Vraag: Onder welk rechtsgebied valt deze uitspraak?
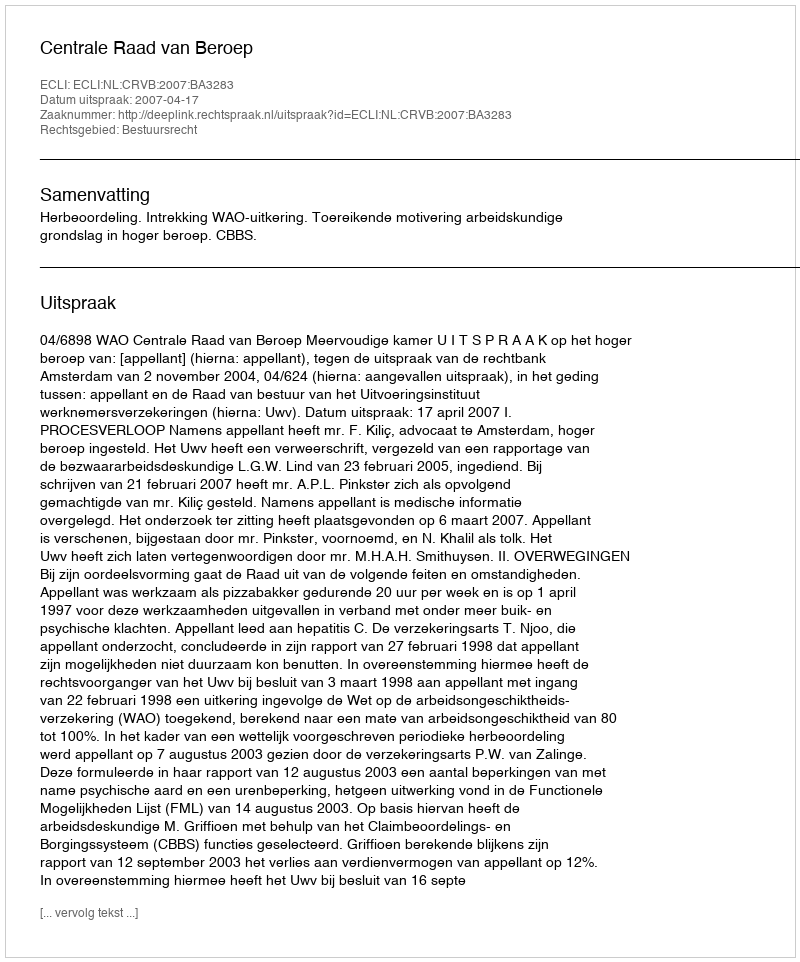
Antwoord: Bestuursrecht